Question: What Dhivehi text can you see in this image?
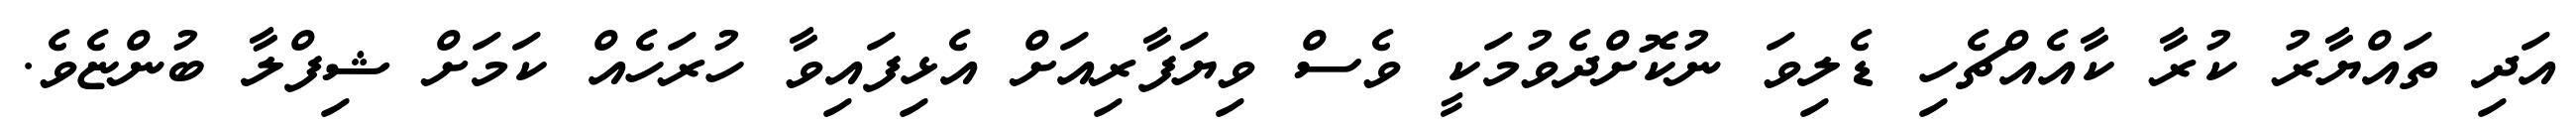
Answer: އަދި ތައްޔާރު ކުރާ ކާއެއްޗެހި ޑެލިވަ ނުކޮށްދެވުމަކީ ވެސް ވިޔަފާރިއަށް އެޅިފައިވާ ހުރަހެއް ކަމަށް ޝިފްލާ ބުންޏެވެ.